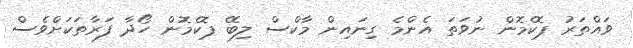
ވައްތަރު ޕޮކެމޮން ނުވަތަ އެންމެ ގިނައިން މާކްސް ލިބޭ ޕޮކެމޮން ހޯދާ ފަރާތަކަށްވެސް